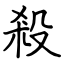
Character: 殺